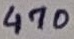
Text: 470